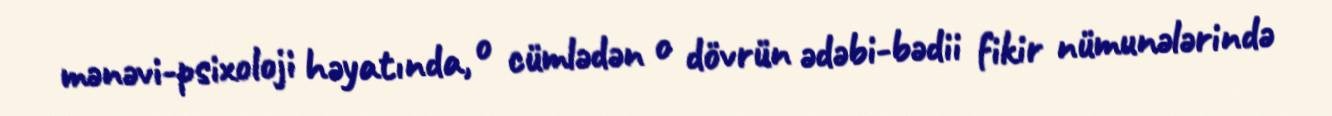
mənəvi-psixoloji həyatında, o cümlədən o dövrün ədəbi-bədii fikir nümunələrində